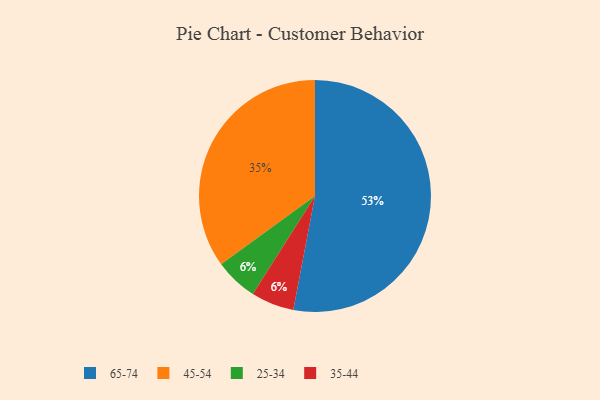
{"axis": {"x": "Category", "y": "Percentage"}, "legend": ["25-34", "35-44", "45-54", "65-74"], "data": [{"x": "65-74", "y": 53, "type": "65-74"}, {"x": "25-34", "y": 6, "type": "25-34"}, {"x": "45-54", "y": 35, "type": "45-54"}, {"x": "35-44", "y": 6, "type": "35-44"}]}